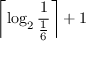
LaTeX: \left\lceil \log _ { 2 } { \frac { 1 } { \frac { 1 } { 6 } } } \right\rceil + 1